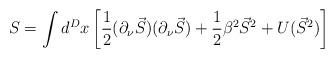
LaTeX: \begin{align*}S = \int d^{D}x \left [ \frac12 (\partial _\nu \vec{S}) (\partial _\nu\vec{S}) + \frac12 \beta^2 \vec{S}^2 + U(\vec{S}^2) \right ]\end{align*}